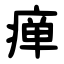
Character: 瘅